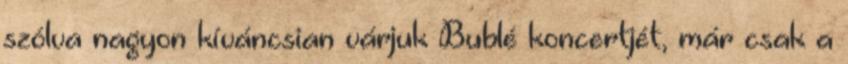
szólva nagyon kíváncsian várjuk Bublé koncertjét, már csak a